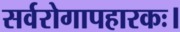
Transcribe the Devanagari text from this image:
सर्वरोगापहारकः।